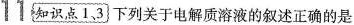
11 知识点 1、3 下列关于电解质溶液的叙述正确的是